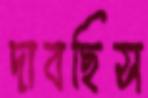
দাবছিস